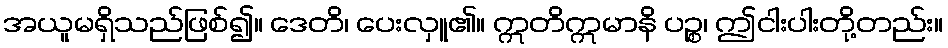
အယူမရှိသည်ဖြစ်၍။ ဒေတိ၊ ပေးလှူ၏။ ဣတိဣမာနိ ပဉ္စ၊ ဤငါးပါးတို့တည်း။